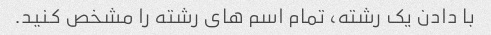
با دادن یک رشته، تمام اسم های رشته را مشخص کنید.